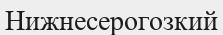
Нижнесерогозкий